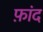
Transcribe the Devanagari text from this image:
फ़ांद